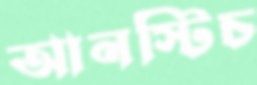
আনস্টিচ